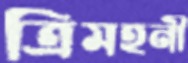
ত্রিমহনী